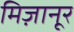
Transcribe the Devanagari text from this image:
मिज़ानूर